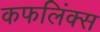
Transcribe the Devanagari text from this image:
कफलिंक्स